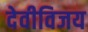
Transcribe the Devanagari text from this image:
देवीविजय